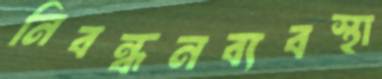
নিবন্ধনব্যবস্থা